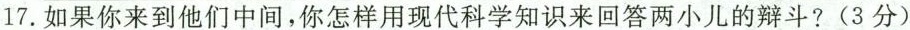
17.如果你来到他们中间，你怎样用现代科学知识来回答两小儿的辩斗?(3分)